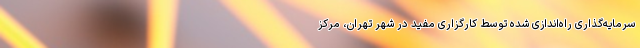
سرمایه‌گذاری راه‌اندازی شده توسط کارگزاری مفید در شهر تهران، مرکز